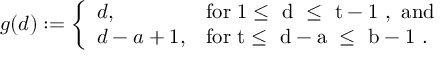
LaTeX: g ( d ) : = \left\{ \begin{array} { l l } { { d , } } & { { \mathrm { f o r ~ 1 \leq ~ d ~ \leq ~ t - 1 ~ , ~ a n d } } } \\ { { d - a + 1 , } } & { { \mathrm { f o r ~ t \leq ~ d - a ~ \leq ~ b - 1 ~ } . } } \end{array} \right.